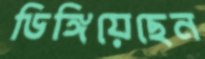
ডিঙ্গিয়েছেন